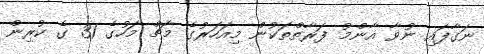
ނަގާފައި ނުވާ އާންމު ފަރާތްތަކުން މިއަހަރުގެ މާޗް މަހުގެ 31 ގެ ކުރިން